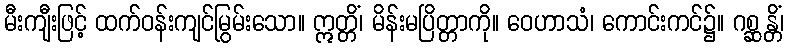
မီးကျီးဖြင့် ထက်ဝန်းကျင်မြွမ်းသော။ ဣတ္တိံ၊ မိန်းမပြိတ္တာကို။ ဝေဟာသံ၊ ကောင်းကင်၌။ ဂစ္ဆန္တိံ၊